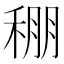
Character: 稝